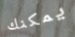
يمكنك